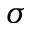
\sigma